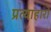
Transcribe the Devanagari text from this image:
प्रत्याहारों